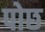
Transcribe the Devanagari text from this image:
पोछ